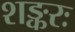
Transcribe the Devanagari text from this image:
शङ्करः